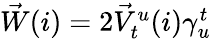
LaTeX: \begin{array}{r}{\vec{W}(i)=2\vec{V}_{t}^{u}(i)\gamma_{u}^{t}}\end{array}